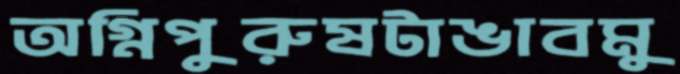
অগ্নিপুরুষটাঙাবমু